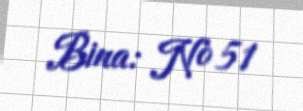
Bina: № 51